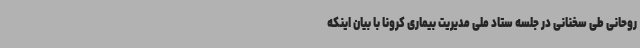
روحانی طی سخنانی در جلسه ستاد ملی مدیریت بیماری کرونا با بیان اینکه